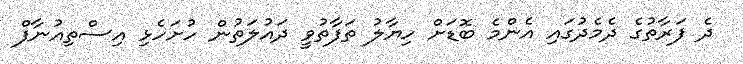
ދެ ފަރާތުގެ ދެމެދުގައި އެންމެ ބޮޑަށް ހިޔާލު ތަފާތުވީ ދައުލަތުން ހުށަހެޅި އިސްތިއުނާފް